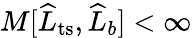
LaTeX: M[\widehat{L}_{\mathrm{ts}},\widehat{L}_{b}]<\infty